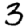
Digit: 3